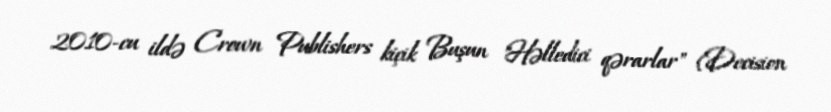
2010-cu ildə Crown Publishers kiçik Buşun "Həlledici qərarlar" (Decision